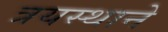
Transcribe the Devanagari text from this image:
त्रयस्थाने